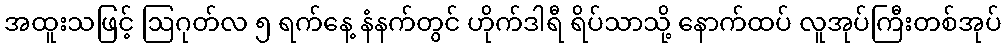
အထူးသဖြင့် ဩဂုတ်လ ၅ ရက်နေ့ နံနက်တွင် ဟိုက်ဒါရီ ရိပ်သာသို့ နောက်ထပ် လူအုပ်ကြီးတစ်အုပ်